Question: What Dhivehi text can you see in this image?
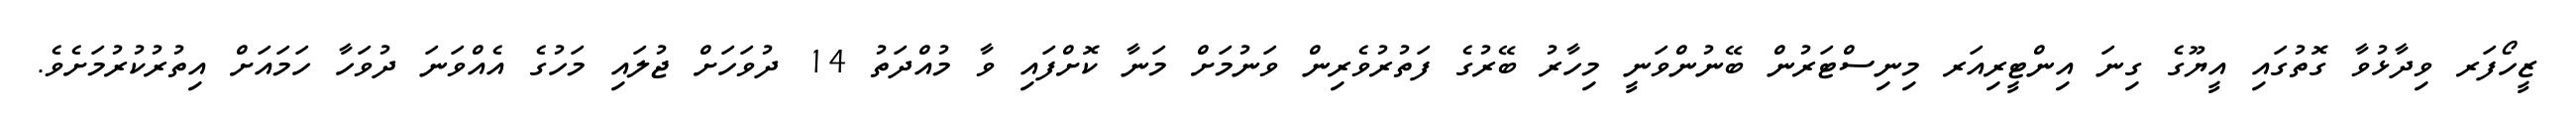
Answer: ޒީހޯފަރ ވިދާޅުވާ ގޮތުގައި އީޔޫގެ ގިނަ އިންޓީރިއަރ މިނިސްޓަރުން ބޭނުންވަނީ މިހާރު ބޭރުގެ ފަތުރުވެރިން ވަނުމަށް މަނާ ކޮށްފައި ވާ މުއްދަތު 14 ދުވަހަށް ޖުލައި މަހުގެ އެއްވަނަ ދުވަހާ ހަމައަށް އިތުރުކުރުމަށެވެ.